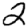
Digit: 2